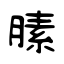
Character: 膆